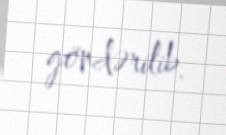
göndərilib.